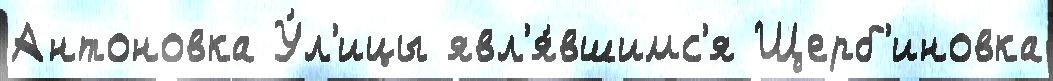
Антоновка У́л'ицы явл'я́вшимс'я Щерб'иновка